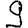
Digit: 9